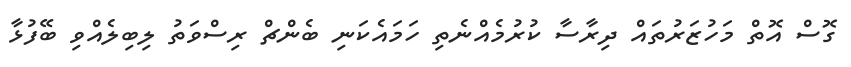
ގޮސް އޮތް މަހުޒަރުތައް ދިރާސާ ކުރުމެއްނެތި ހަމައެކަނި ބެންޗް ރިސްވަތު ލިބިލެއްވި ބޭފުޅާ